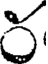
ర